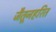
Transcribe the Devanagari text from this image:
जैतूनहरित